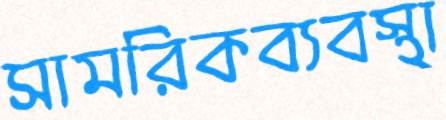
সামরিকব্যবস্থা